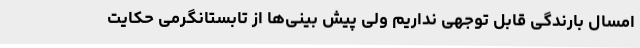
امسال بارندگی قابل توجهی نداریم ولی پیش بینی‌ها از تابستانگرمی حکایت